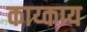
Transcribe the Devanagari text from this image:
काय्काय